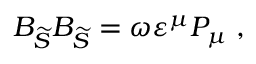
{ \cal B } _ { \widetilde { { \cal S } } } { \cal B } _ { \widetilde { { \cal S } } } = \omega \varepsilon ^ { \mu } { \cal P } _ { \mu } \; ,